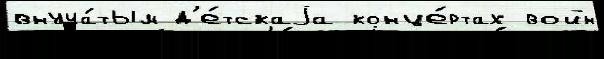
внуча́тым д'е́тскаjа конце́ртах войн